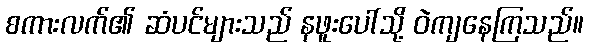
စကားလက်၏ ဆံပင်များသည် နဖူးပေါ်သို့ ဝဲကျနေကြသည်။